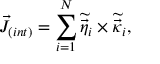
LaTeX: { \cal \vec { J } } _ { ( i n t ) } = \sum _ { i = 1 } ^ { N } \widetilde { \vec { \eta } _ { i } } \times \widetilde { \vec { \kappa } _ { i } } ,